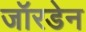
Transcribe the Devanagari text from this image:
जॉरडेन